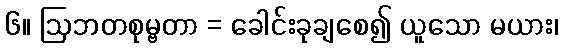
၆။ ဩဘတစုမ္ဗတာ = ခေါင်းခုချစေ၍ ယူသော မယား၊